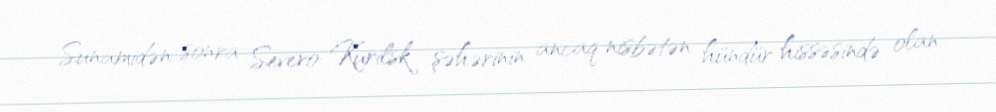
Sunamidən sonra Severo-Kurilsk şəhərinin ancaq nisbətən hündür hissəsində olan